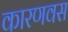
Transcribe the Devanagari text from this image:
कारणवस